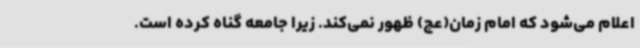
اعلام می‌شود که امام زمان(عج) ظهور نمی‌کند. زیرا جامعه گناه کرده است.